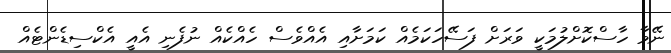
ނޭވާ ހާސްކޮށްލުމަކީ ވަރަށް ފަސޭހަކަމެއް ކަމަށާއި އެއްވެސް ހެއްކެއް ނުފެނި އެއީ އެކްސިޑެންޓެއް